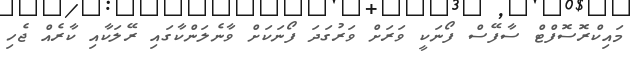
މައިކްރޮސޮފްޓް ސާފޭސް ފޯނަކީ ވަރަށް ވަރުގަދަ ފޯނަކަށް ވާނެލަންކާގައި ރޭލަކާއި ކާރެއް ޖެހި